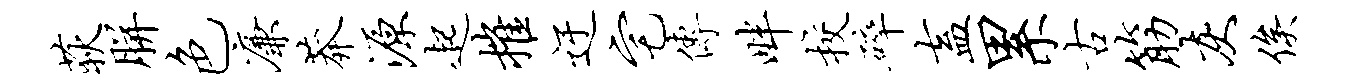
荻胼色廉莽源起摧迂宅传畔校碎盍累古筋灰俟